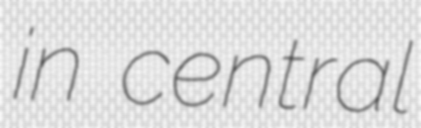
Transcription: in central